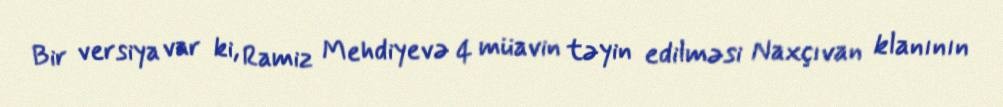
Bir versiya var ki, Ramiz Mehdiyevə 4 müavin təyin edilməsi Naxçıvan klanının